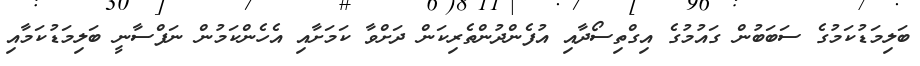
ބަލިމަޑުކަމުގެ ސަބަބުން ގައުމުގެ އިގްތިސޯދާއި އުފެންދުންތެރިކަން ދަށްވާ ކަމަށާއި އެހެންކަމުން ނަފްސާނީ ބަލިމަޑުކަމާއި